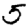
Digit: 5